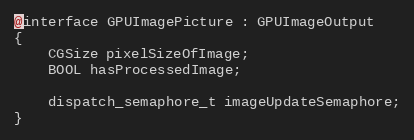
Language: C
@interface GPUImagePicture : GPUImageOutput
{
    CGSize pixelSizeOfImage;
    BOOL hasProcessedImage;

    dispatch_semaphore_t imageUpdateSemaphore;
}